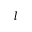
l